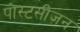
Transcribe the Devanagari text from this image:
पोस्टसीज़न